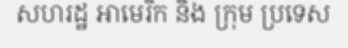
សហរដ្ឋ អាមេរិក និង ក្រុម ប្រទេស